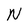
Character: N